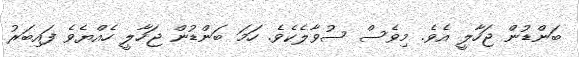
ބަންޑުން ޖަހާލީ އެވެ. މިވެސް ސުވާލެކެވެ. ހަމަ ބަންޑުން ޖަހާލީ ހެއްޔެވެ ފައިބަރު